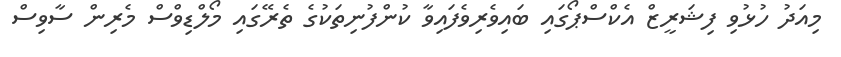
މިއަދު ހުޅުވި ފިޝަރީޒް އެކްސްޕޯގައި ބައިވެރިވެފައިވާ ކުންފުނިތަކުގެ ތެރޭގައި މޯލްޑިވްސް މެރިން ސާވިސް